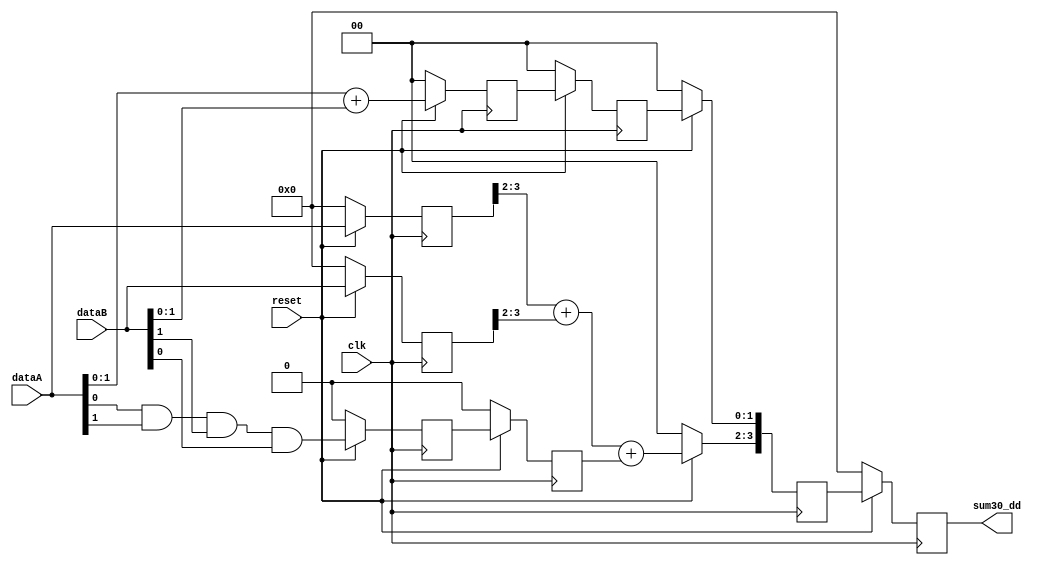
module Sumador (

input            clk,
input            reset,
input      [3:0] dataA,
input      [3:0] dataB,
output reg [3:0] sum30_dd
);

reg [1:0]        sum_temp;
reg [1:0]        sum_temp_d;
reg [3:0]        dataA_d;
reg [3:0]        dataB_d;
reg              acarreo;
reg              acarreo_d;
reg [3:0]        sum30_d;

   always @ (posedge clk) begin
  if (!reset) begin
      sum30_dd <= 0;
      sum_temp <= 0;
      sum_temp_d <= 0;
      dataA_d <= 4'b0;
      dataB_d <= 4'b0;
      acarreo <= 0;
      acarreo_d <= 0;
      sum30_d <= 0;
  end
  else begin
    dataA_d <= dataA;
    dataB_d <= dataB;
    sum_temp <= dataA[1:0] + dataB[1:0];
    acarreo <= dataA[0] & dataA[1] & dataB[1] & dataB[0];
    sum_temp_d <= sum_temp;
    acarreo_d <= acarreo;
    sum30_d[3:2] <= dataA_d[3:2] + dataB_d[3:2] + acarreo_d;
    sum30_d[1:0] <= sum_temp_d;
    sum30_dd <= sum30_d;
    end
  end
endmodule